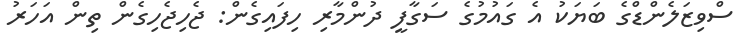
ސްވިޒަލެންޑްގެ ބަޔަކު އެ ގައުމުގެ ސަގާފީ ދުންމާރި ހިފައިގެން: ޖެހިޖެހިގެން ތިން އަހަރު